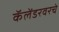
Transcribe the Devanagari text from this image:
कॅलेंडरवरचे